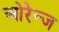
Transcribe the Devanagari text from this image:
ओरेन्ज